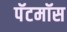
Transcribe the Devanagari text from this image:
पॅटमॉस